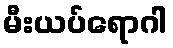
မီးယပ်ရောဂါ